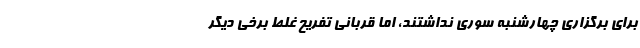
برای برگزاری چهارشنبه سوری نداشتند، اما قربانی تفریح غلط برخی دیگر